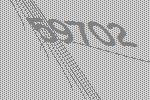
59702